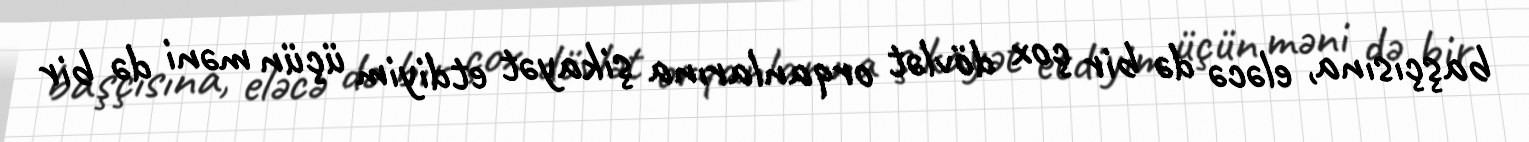
başçısına, eləcə də bir çox dövlət orqanlarına şikayət etdiyim üçün məni də bir